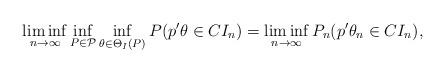
LaTeX: \begin{align*}\liminf_{n\to\infty}\inf_{P\in\mathcal P}\inf_{\theta \in \Theta_I(P)}P(p^\prime \theta \in CI_n)=\liminf_{n\to\infty}P_n(p^\prime \theta_n \in CI_n),\end{align*}